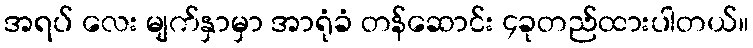
အရပ် လေး မျက်နှာမှာ အာရုံခံ တန်ဆောင်း ၄ခုတည်ထားပါတယ်။